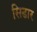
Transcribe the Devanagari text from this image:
सिडार